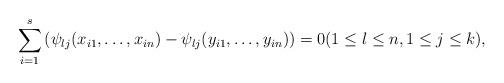
LaTeX: \begin{align*}\sum_{i=1}^s\left( \psi_{lj}(x_{i1},\ldots ,x_{in})-\psi_{lj}(y_{i1},\ldots ,y_{in})\right)=0(1\le l\le n, 1\le j\le k),\end{align*}